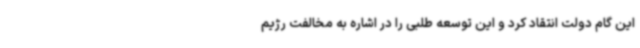
این گام دولت انتقاد کرد و این توسعه طلبی را در اشاره به مخالفت رژیم